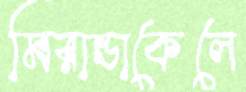
মিরান্ডাকেলে